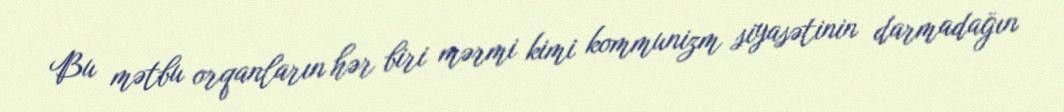
Bu mətbu orqanların hər biri mərmi kimi kommunizm siyasətinin darmadağın